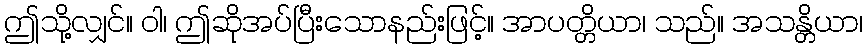
ဤသို့လျှင်။ ဝါ၊ ဤဆိုအပ်ပြီးသောနည်းဖြင့်။ အာပတ္တိယာ၊ သည်။ အသန္တိယာ၊